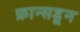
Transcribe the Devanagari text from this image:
फ्रान्सडून